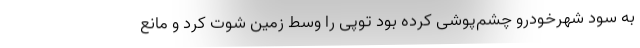
به سود شهرخودرو چشم‌پوشی کرده بود توپی را وسط زمین شوت کرد و مانع